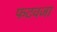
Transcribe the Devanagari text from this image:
फटवजा